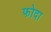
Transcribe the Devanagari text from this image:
फोदा